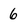
Character: 6